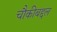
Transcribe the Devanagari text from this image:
चौकीबद्दल